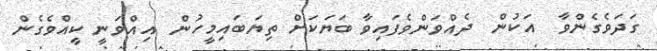
ގަދަވެގެންވާ  އަކުން  ދެއްވަންވެފައިވާ ބަޔަކަށް ތިޔަބައިމީހުން  އިއްވަނީ ކީއްވެގެން